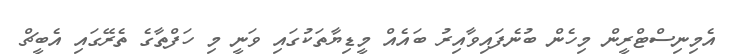
އެމިނިސްޓްރީން މިހެން ބުނެފައިވާއިރު ބައެއް މީޑިޔާތަކުގައި ވަނީ މި ހަފްތާގެ ތެރޭގައި އެބީޗް